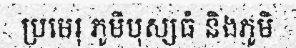
ប្រមេរុ ភូមិបុស្សធំ និងភូមិ